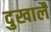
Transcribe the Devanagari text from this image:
दुखालै